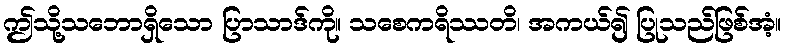
ဤသို့သဘောရှိသော ပြာသာဒ်ကို။ သစေကရိဿတိ၊ အကယ်၍ ပြုသည်ဖြစ်အံ့။